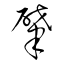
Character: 肈